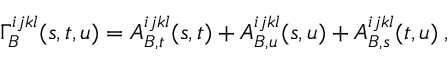
\Gamma _ { B } ^ { i j k l } ( s , t , u ) = A _ { B , t } ^ { i j k l } ( s , t ) + A _ { B , u } ^ { i j k l } ( s , u ) + A _ { B , s } ^ { i j k l } ( t , u ) \: ,